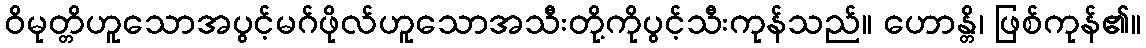
ဝိမုတ္တိဟူသောအပွင့်မဂ်ဖိုလ်ဟူသောအသီးတို့ကိုပွင့်သီးကုန်သည်။ ဟောန္တိ၊ ဖြစ်ကုန်၏။